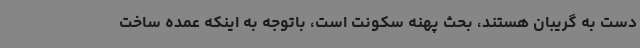
دست به گریبان هستند، بحث پهنه سکونت است، باتوجه به اینکه عمده ساخت